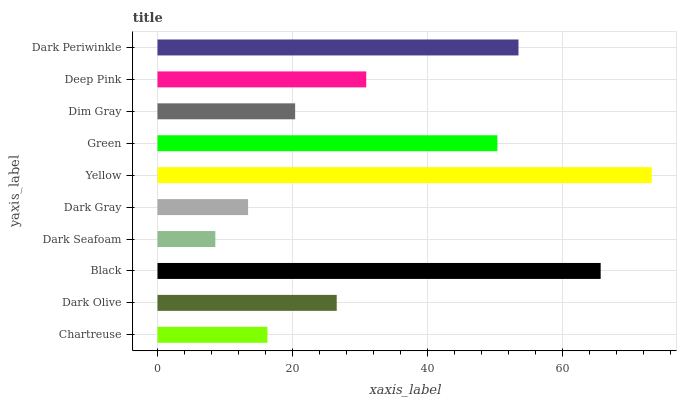
| yaxis_label | bars |
 | --- | --- |
 | Chartreuse | 16.3 |
 | Dark Olive | 26.5 |
 | Black | 65.6 |
 | Dark Seafoam | 8.56 |
 | Dark Gray | 13.4 |
 | Yellow | 73.2 |
 | Green | 50.3 |
 | Dim Gray | 20.4 |
 | Deep Pink | 30.9 |
 | Dark Periwinkle | 53.4 |